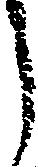
う